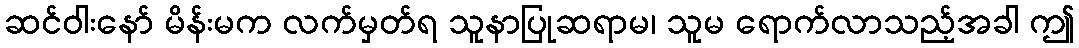
ဆင်ဝါးနော် မိန်းမက လက်မှတ်ရ သူနာပြုဆရာမ၊ သူမ ရောက်လာသည့်အခါ ဤ